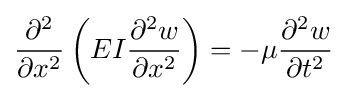
{\frac {\partial ^{2}}{\partial x^{2}}}\left(EI{\frac {\partial ^{2}w}{\partial x^{2}}}\right)=-\mu {\frac {\partial ^{2}w}{\partial t^{2}}}